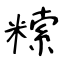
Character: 𥻨